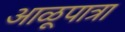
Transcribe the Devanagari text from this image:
आळूपात्रा